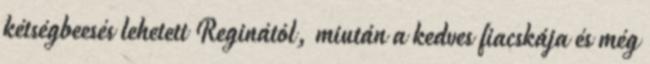
kétségbeesés lehetett Reginától, miután a kedves fiacskája és még